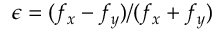
\epsilon = ( f _ { x } - f _ { y } ) / ( f _ { x } + f _ { y } )